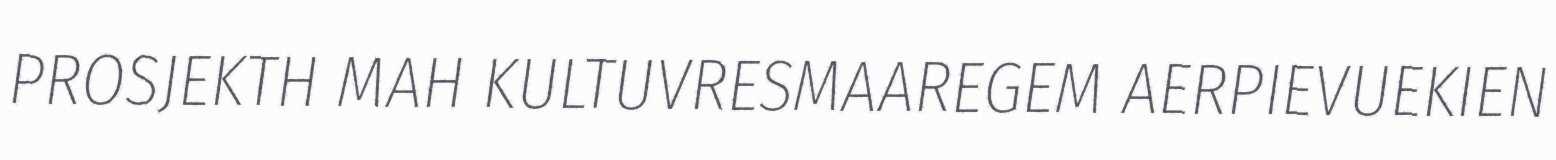
PROSJEKTH MAH KULTUVRESMAAREGEM AERPIEVUEKIEN